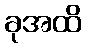
ခုအထိ